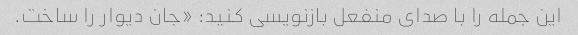
این جمله را با صدای منفعل بازنویسی کنید: «جان دیوار را ساخت.